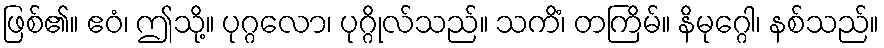
ဖြစ်၏။ ဧဝံ၊ ဤသို့။ ပုဂ္ဂလော၊ ပုဂ္ဂိုလ်သည်။ သကိံ၊ တကြိမ်။ နိမုဂ္ဂေါ၊ နစ်သည်။